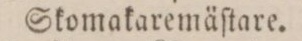
Skomakaremäſtare.